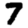
Digit: 7